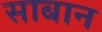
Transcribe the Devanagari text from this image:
साबान